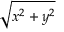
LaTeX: \sqrt { x ^ { 2 } + y ^ { 2 } }